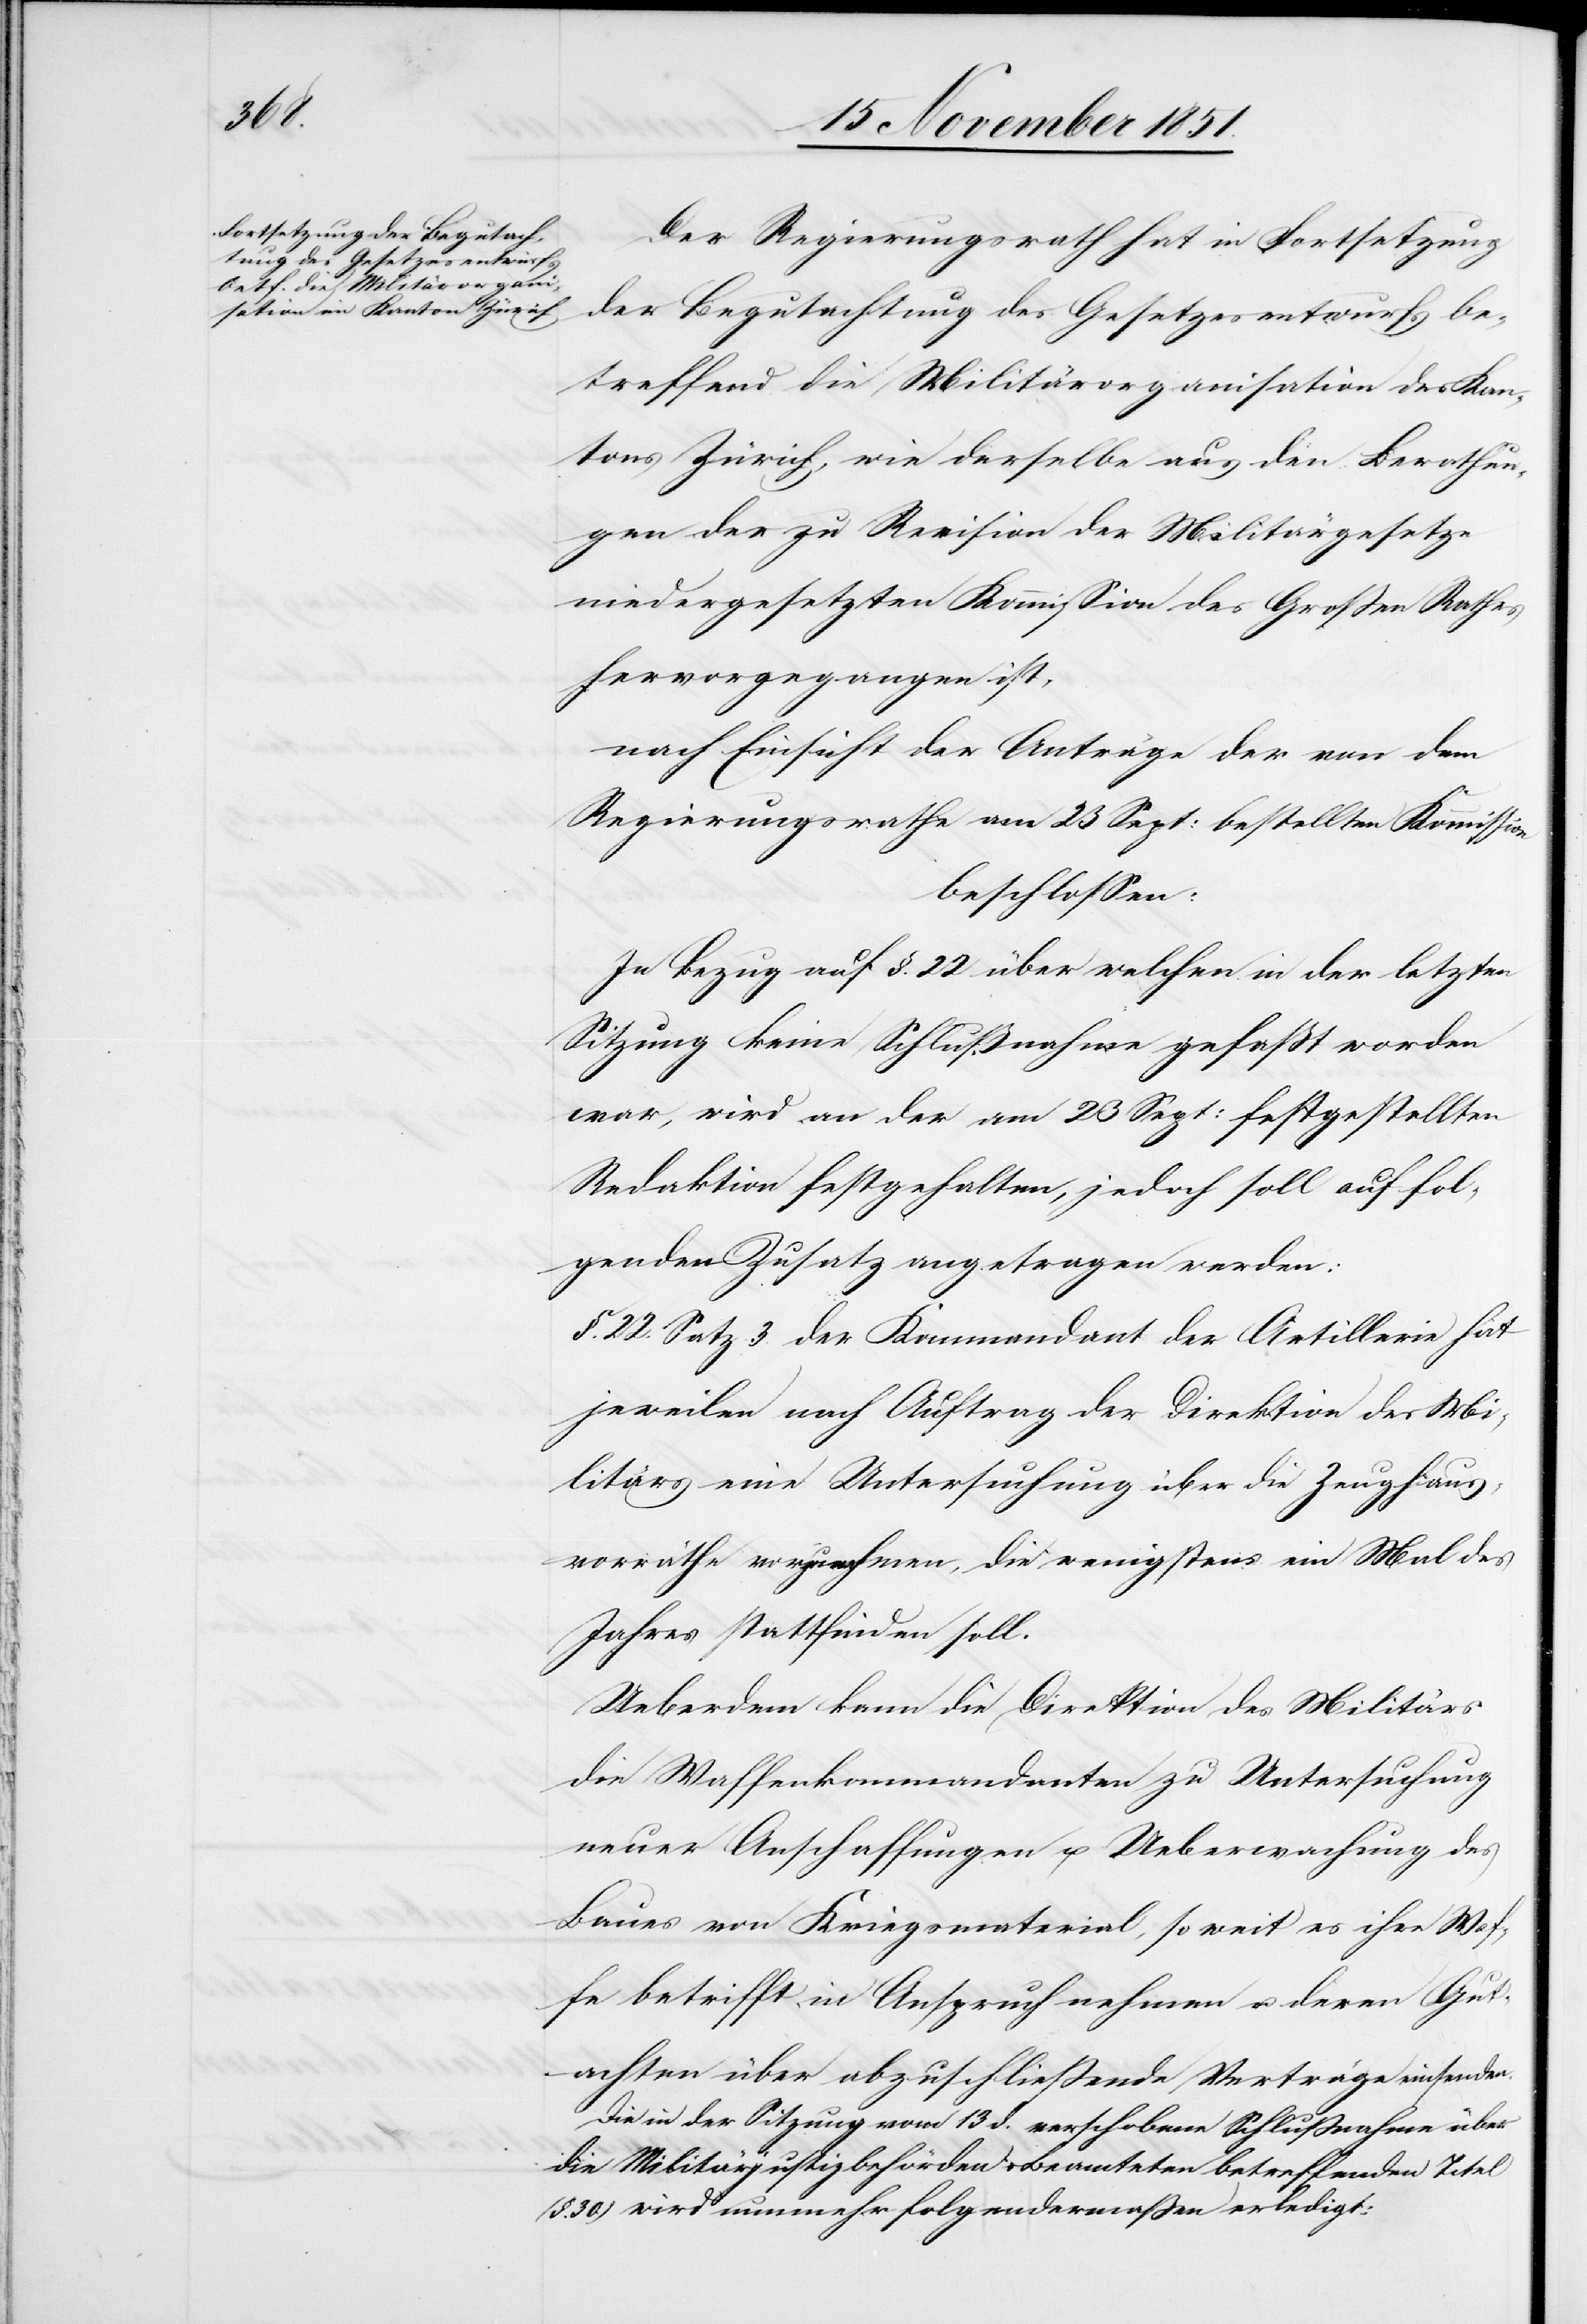
Der Regierungsrath hat in Fortsetzung
der Begutachtung des Gesetzesentwurfs be¬
treffend die Militärorganisation des Kan¬
tons Zürich, wie derselbe aus den Berathun¬
gen der zu Revision der Militärgesetze
niedergesetzten Kommission des Großen Rathes
hervorgegangen ist,
nach Einsicht der Anträge der von dem
Regierungsrathe am 23 Sept: bestellten Kommission
beschlossen:
In Bezug auf §. 22 über welchen in der letzten
Sitzung keine Schlußnahme gefaßt worden
war, wird an der am 23 Sept: festgestellten
Redaktion festgehalten, jedoch soll auf fol¬
genden Zusatz angetragen werden:
§. 22. Satz 3. der Kommandant der Artillerie hat
jeweilen nach Auftrag der Direktion des Mi¬
litärs eine Untersuchung über die Zeughaus¬
vorräthe vorzunehmen, die wenigstens ein Mal des
Jahres stattfinden soll.
Ueberdem kann die Direktion des Militärs
die Waffenkommandanten zu Untersuchung
neuer Anschaffungen u. Ueberwachung des
Baues von Kriegsmaterial, so weit es ihre Waf¬
fe betrifft, in Anspruch nehmen u. deren Gut¬
achten über abzuschließende Verträge einsenden.
Die in der Sitzung vom 13 d. verschobene Schlußnahme über
die Militärjustizbehörden & Beamteten betreffenden Titel
30.) wird nunmehr folgendermaßen erledigt: